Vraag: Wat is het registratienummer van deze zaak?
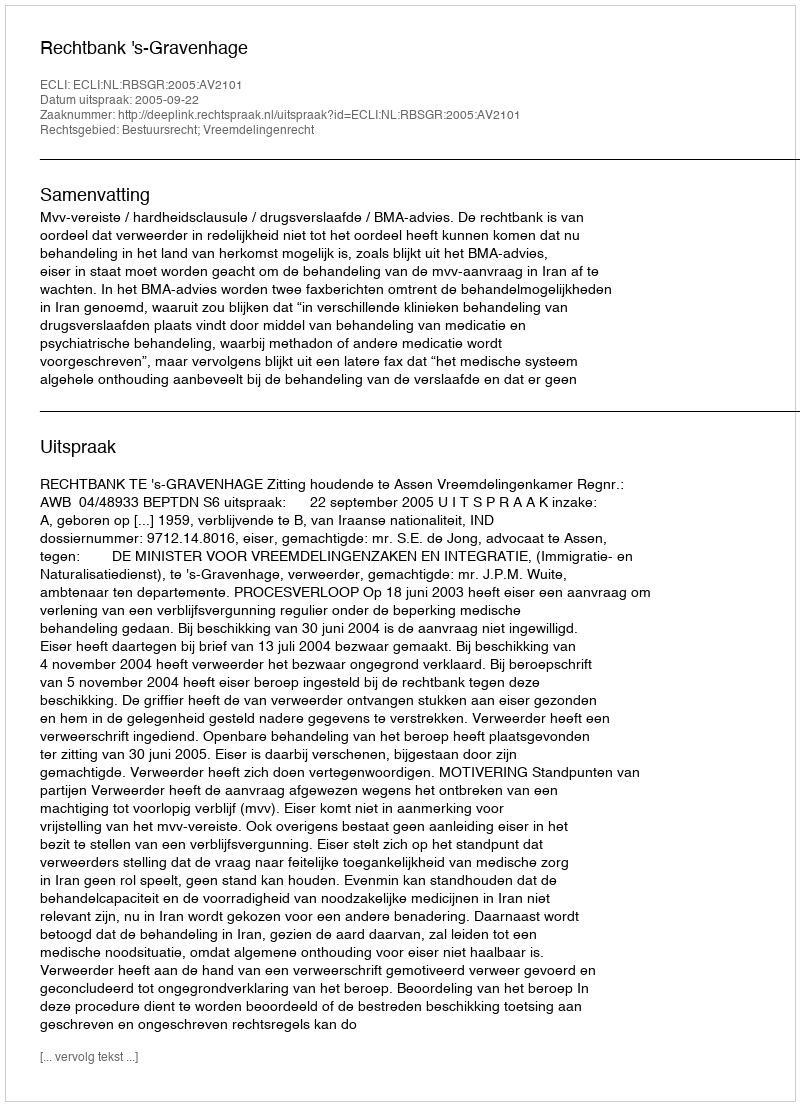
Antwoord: http://deeplink.rechtspraak.nl/uitspraak?id=ECLI:NL:RBSGR:2005:AV2101